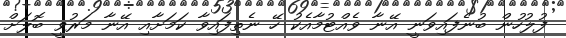
ފުލުހުން ބުނެފައިވަނީ އޭނާ ވެއްޓުމާއެކު ހޭ ނެތިފައިވާ ކަމަށާއި އޭނާ މަރުވީ ބޮލަށް